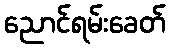
ညောင်ရမ်းခေတ်